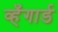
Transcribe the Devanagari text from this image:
व्हँगार्ड